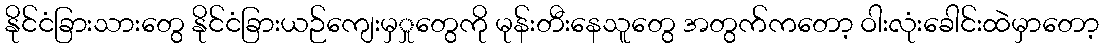
နိုင်ငံခြားသားတွေ နိုင်ငံခြားယဉ်ကျေးမှှုတွေကို မုန်းတီးနေသူတွေ အတွက်ကတော့ ဝါးလုံးခေါင်းထဲမှာတော့